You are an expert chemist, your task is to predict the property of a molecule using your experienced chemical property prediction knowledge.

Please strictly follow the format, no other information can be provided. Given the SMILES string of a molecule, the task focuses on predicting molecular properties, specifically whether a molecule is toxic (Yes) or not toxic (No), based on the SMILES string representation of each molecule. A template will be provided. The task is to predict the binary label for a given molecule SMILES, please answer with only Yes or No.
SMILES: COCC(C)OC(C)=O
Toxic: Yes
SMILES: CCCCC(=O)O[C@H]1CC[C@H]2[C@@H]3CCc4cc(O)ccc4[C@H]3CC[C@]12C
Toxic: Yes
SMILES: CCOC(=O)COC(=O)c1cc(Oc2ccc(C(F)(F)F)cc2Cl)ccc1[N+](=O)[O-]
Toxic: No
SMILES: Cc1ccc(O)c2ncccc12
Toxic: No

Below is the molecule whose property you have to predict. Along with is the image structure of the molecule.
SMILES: C#C[C@]1(OC(C)=O)CC[C@H]2[C@@H]3CCC4=CC(=O)CC[C@@H]4[C@H]3CC[C@@]21C
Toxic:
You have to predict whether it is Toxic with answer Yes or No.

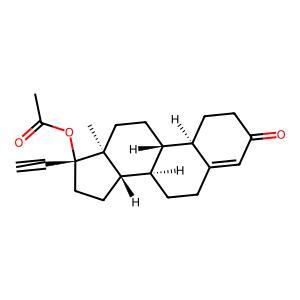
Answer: Yes